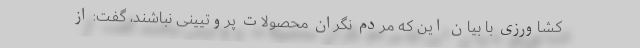
کشاورزی با بیان این که مردم نگران محصولات پروتیینی نباشند، گفت: از